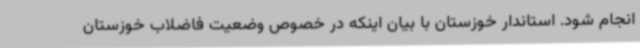
انجام شود. استاندار خوزستان با بیان اینکه در خصوص وضعیت فاضلاب خوزستان